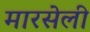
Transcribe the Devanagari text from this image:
मारसेली